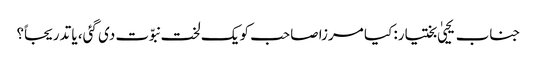
جناب یحییٰ بختیار: کیا مرزا صاحب کو یک لخت نبوّت دی گئی، یا تدریجاً؟